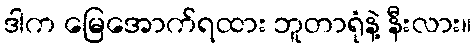
ဒါက မြေအောက်ရထား ဘူတာရုံနဲ့ နီးလား။